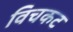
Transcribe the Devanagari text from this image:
विचकट